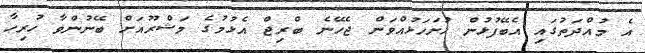
އެ މުއްދަތުގައި އެބޭފުޅުން ހުށަހަޅުއްވަން ޖެހޭނެ ބްރިޖް އެޅުމުގެ މަޝްރޫއަށް ބޭނުންވާ ހުރިހާ